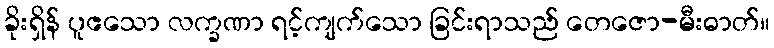
ခိုးရှိန် ပူဧသော လက္ခဏာ ရင့်ကျက်သော ခြင်းရာသည် တေဇော-မီးဓာတ်။